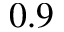
0 . 9